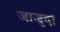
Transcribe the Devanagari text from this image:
जाजुदा